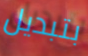
بتبديل